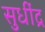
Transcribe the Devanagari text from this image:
सुधींद्र